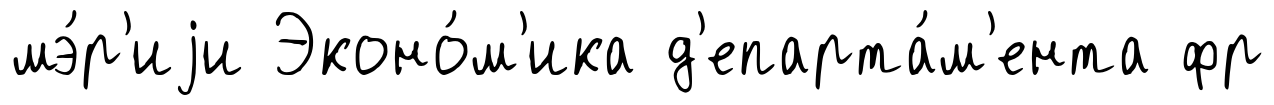
мэ́р'иjи Эконо́м'ика д'епарта́м'ента фр